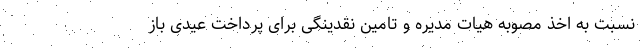
نسبت به اخذ مصوبه هیات مدیره و تامین نقدینگی برای پرداخت عیدی باز